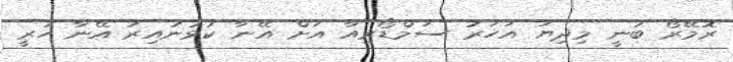
ރޮމޭރޯ ބުނީ މިދިޔަ އަހަރު ސަމްޑޯރިއާ އަށް އޭނާ ކުޅުނުއިރު އޭނާ ހުރީ